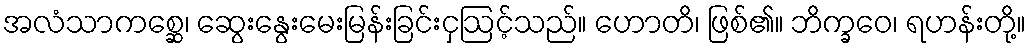
အလံသာကစ္ဆေ၊ ဆွေးနွေးမေးမြန်းခြင်းငှဩင့်သည်။ ဟောတိ၊ ဖြစ်၏။ ဘိက္ခဝေ၊ ရဟန်းတို့။